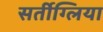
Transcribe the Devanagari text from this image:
सर्तीग्लिया